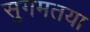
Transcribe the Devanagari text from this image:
सुगमतया